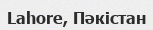
Lahore, Пәкістан